Annual report on the working of the lock hospitals in the North-Western Provinces and Oudh
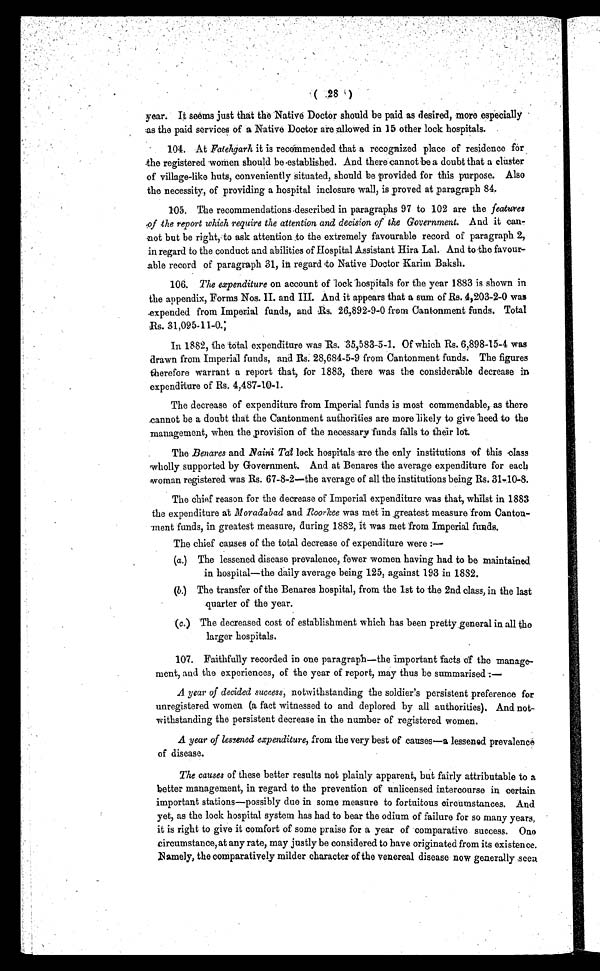
( 28 )
year. It seems just that the Native Doctor should be paid as desired, more especially
as the paid services of a Native Doctor are allowed in 15 other lock hospitals.
104. At Fatehgarh it is recommended that a recognized place of residence for
the registered women should be established. And there cannot be a doubt that a cluster
of village-like huts, conveniently situated, should be provided for this purpose. Also
the necessity, of providing a hospital inclosure wall, is proved at paragraph 84.
105. The recommendations described in paragraphs 97 to 102 are the features
of ' the report which require the attention and decision of the Government. And it can-
not but be right, to ask attention to the extremely favourable record of paragraph 2,
in regard to the conduct and abilities of Hospital Assistant Hira Lal. And to the favour-
able record of paragraph 31, in regard to Native Doctor Karim Baksh.
106. The expenditure on account of lock hospitals for the year 1883 is shown in
the appendix, Forms Nos. II. and III. And it appears that a sum of Rs. 4,203-2-0 was
-expended from Imperial funds, and Rs. 26,892-9-0 from Cantonment funds. Total
R s . 3 1 , 0 9 5 - 1 1 - 0 ;
In 1882, the total expenditure was Rs. 35,583-5-1. Of which Rs. 6,898-15-4 was
drawn from Imperial funds, and Rs. 28,684-5-9 from Cantonment funds. The figures
therefore warrant a report that, for 1883, there was the considerable decrease in
expenditure of Rs. 4,487-10-1.
The decrease of expenditure from Imperial funds is most commendable, as there
cannot be a doubt that the Cantonment authorities are more likely to give heed to the
management, When the ,provision of the necessary funds falls to their lot.
The Benares and Naini Tal lock hospitals are the only institutions of this class
wholly supported by Government. And at Benares the average expenditure for each
woman registered was Rs. 67-8-2—the average of all the institutions being Rs. 31-40-8.
The chief reason for the decrease of Imperial expenditure was that, whilst in 1883
the expenditure at Moradabad and Roorkee was met in greatest measure from Canton-
ment funds, in greatest measure, during 1882, it was met from Imperial funds.
The chief causes of the total decrease of expenditure were:—
(a.) The lessened disease prevalence, fewer women having had to be maintained
in hospital—the daily average being 125, against 193 in 1882.
(b.) The transfer of the Benares hospital, from the 1st to the 2nd class, in the last
quarter of the year.
(c.) The decreased cost of establishment which has been pretty general in all the
larger hospitals.
107. Faithfully recorded in one paragraph—the important facts of the manage-
ment, and the experiences, of the year of report, may thus be summarised
A year of decided success, notwithstanding the soldier's persistent preference for
unregistered women (a fact witnessed to and deplored by all authorities). And not-
withstanding the persistent decrease in the number of registered women.
A year of l es s ened expendi t ur e, f r om t he ver y bes t of caus es —a l es s ened pr eval ence
of disease.
The causes of these better results not plainly apparent, but fairly attributable to a
better management, in regard to the prevention of unlicensed intercourse in certain
important stations—possibly due in some measure to fortuitous circumstances. And
yet, as the lock hospital system has had to bear the odium of failure for so many years,
it is right to give it comfort of some praise for a year of comparative success. One
circumstance, at any rate, may justly be considered to have originated from its existence.
N a m e l y ,
t h e
c o m p a r a t i v e l y m i l d e r c h a r a c t e r o f t h e v e n e r e a l d i s e a s e n o w g e n e r a l l y . s e e n .